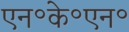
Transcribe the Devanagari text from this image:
एन॰के॰एन॰